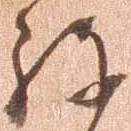
ね